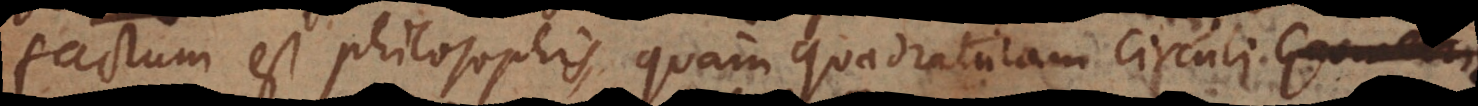
factum est philosophis quam quadraturam circuli Geo